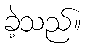
ခဲ့သည်။